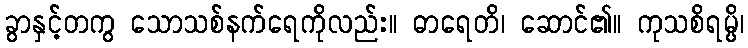
ခွာနှင့်တကွ သောသစ်နက်ရေကိုလည်း။ ဓာရေတိ၊ ဆောင်၏။ ကုသစိရမ္ပိ၊